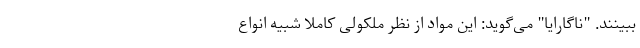
ببینند. "ناگارایا" می‌گوید: این مواد از نظر ملکولی کاملا شبیه انواع